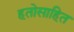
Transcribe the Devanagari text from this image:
हतोसाहित